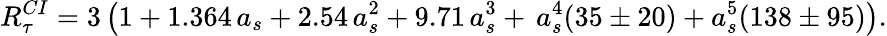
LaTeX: R_{\tau}^{CI}=3\left(1+1.364\, a_{s}+2.54\, a_{s}^{2}+9.71\, a_{s}^{3}+\, a_{s}^{4}(35\pm 20)+a_{s}^{5}(138\pm 95)\right){}.